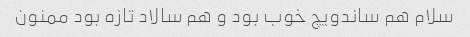
سلام هم ساندویچ خوب بود و هم سالاد تازه بود ممنون